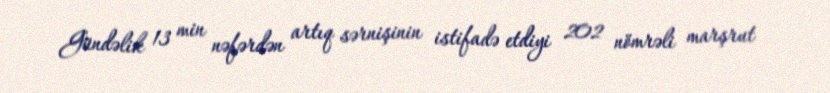
Gündəlik 13 min nəfərdən artıq sərnişinin istifadə etdiyi 202 nömrəli marşrut